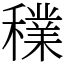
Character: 𥣈